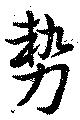
勢